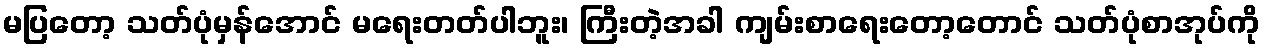
မပြတော့ သတ်ပုံမှန်အောင် မရေးတတ်ပါဘူး၊ ကြီးတဲ့အခါ ကျမ်းစာရေးတော့တောင် သတ်ပုံစာအုပ်ကို